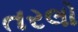
તરલો